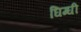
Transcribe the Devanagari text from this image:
घिग्घी